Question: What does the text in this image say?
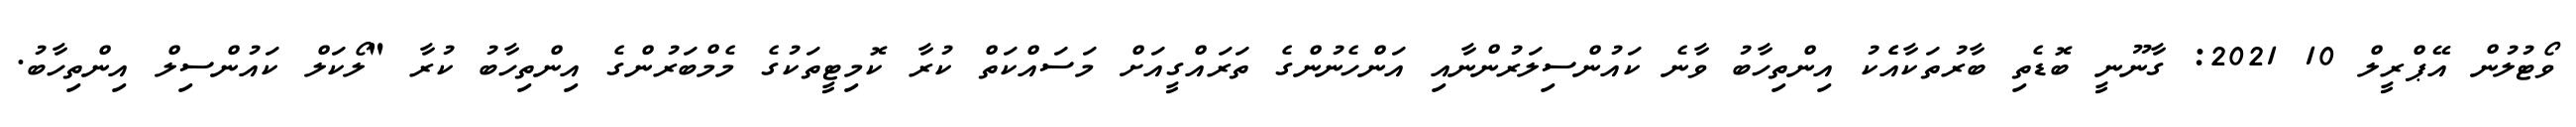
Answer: ވޯޓުލުން އޭޕްރީލް 10 2021: ގާނޫނީ ބޮޑެތި ބާރުތަކާއެެކު އިންތިހާބު ވާނެ ކައުންސިލަރުންނާއި އަންހެނުންގެ ތަރައްގީއަށް މަސައްކަތް ކުރާ ކޮމިޓީތަކުގެ މެމްބަރުންގެ އިންތިހާބު ކުރާ "ލޯކަލް ކައުންސިލް އިންތިހާބު.